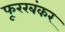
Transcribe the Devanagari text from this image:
फूररबंकर